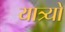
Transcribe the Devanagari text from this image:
यात्र्यों